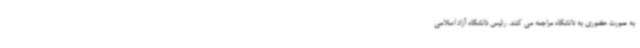
به صورت حضوری به دانشگاه مراجعه می کنند. رئیس دانشگاه آزاد اسلامی